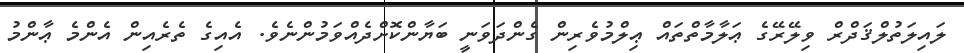
ލައިލަތުލްޤަދްރް ވިލޭރޭގެ ޢަލާމާތްތައް ޢިލްމުވެރިން ގެންދަވަނީ ބަޔާންކޮށްދެއްވަމުންނެވެ. އެއިގެ ތެރެއިން އެންމެ ޢާންމު